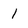
Character: 1